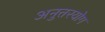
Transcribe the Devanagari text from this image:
अनुत्तरयोग